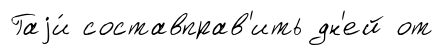
Гаjи́ составправ'ить дн'ей от